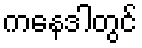
ကနေဒါတွင်